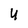
Character: 4